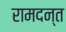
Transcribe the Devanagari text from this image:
रामदन्त